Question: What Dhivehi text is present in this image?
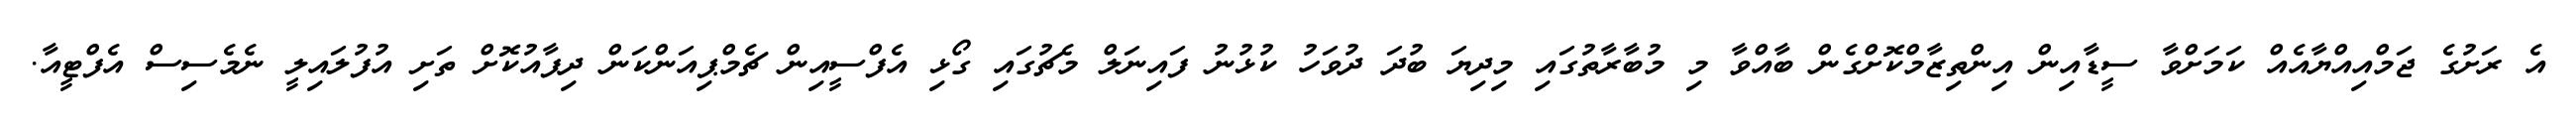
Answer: އެ ރަށުގެ ޖަމްއިއްޔާއެއް ކަމަށްވާ ސީޑާއިން އިންތިޒާމްކޮށްގެން ބާއްވާ މި މުބާރާތުގައި މިދިޔަ ބުދަ ދުވަހު ކުޅުނު ފައިނަލް މެޗުގައި ގޯޅި އެފްސީއިން ޗެމްޕިއަންކަން ދިފާއުކޮށް ތަށި އުފުލައިލީ ނެމެސިސް އެފްޓީއާ.